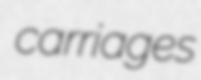
carriages